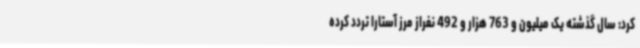
کرد: سال گذشته یک میلیون و 763 هزار و 492 نفراز مرز آستارا تردد کرده